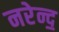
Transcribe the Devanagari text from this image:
नरेन्द॒